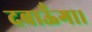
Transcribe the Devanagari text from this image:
दबाऊँगा।